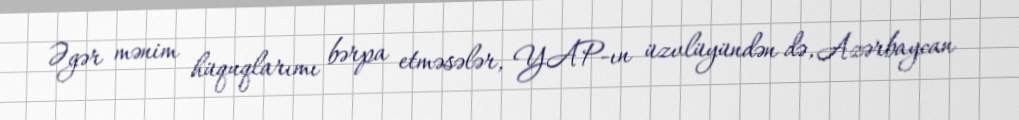
Əgər mənim hüquqlarımı bərpa etməsələr, YAP-ın üzvlüyündən də, Azərbaycan